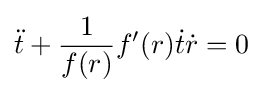
{\ddot {t}}+{\frac {1}{f(r)}}f'(r){\dot {t}}{\dot {r}}=0